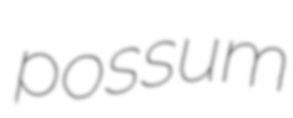
possum